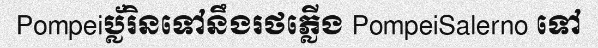
Pompeiប្ល័រិនទៅនឹងរថភ្លើង PompeiSalerno ទៅ